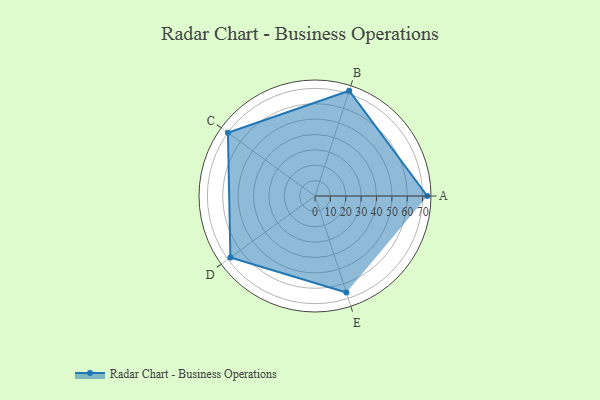
{"axis": {"x": "Skill", "y": "Score"}, "legend": ["Profile"], "data": [{"x": "A", "y": 73.0, "type": "Profile"}, {"x": "B", "y": 72.0, "type": "Profile"}, {"x": "C", "y": 70.0, "type": "Profile"}, {"x": "D", "y": 68.0, "type": "Profile"}, {"x": "E", "y": 66.0, "type": "Profile"}]}